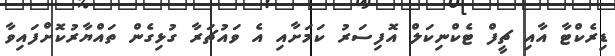
ޑިރެކްޓާ އާއި ޗީފް ޓެކްނިކަލް އޮފިސަރު ކަމަށާއި އެ ވައުޗަރާ ގުޅިގެން ތައްޔާރުކޮށްފައިވާ